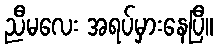
ညီမလေး အရပ်မှားနေပြီ။